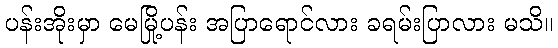
ပန်းအိုးမှာ မေမြို့ပန်း အပြာရောင်လား ခရမ်းပြာလား မသိ။